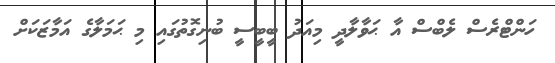
ހަންޓްރެސް ލެބްސް އާ ޙަވާލާދީ މިއަދު ބީބީސީ ބުނިގޮތުގައި މި ޙަމަލާގެ އަމާޒަކަށް